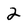
Character: 2